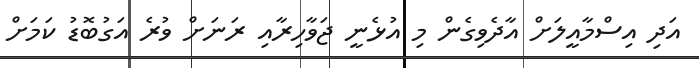
އަދި އިސްމާއީލަށް އާދެވިގެން މި އުޅެނީ ޖަވާހިރާއި ރަނަށް ވުރެ އަގުބޮޑު ކަމަށް